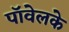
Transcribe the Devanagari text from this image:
पॉवेलके